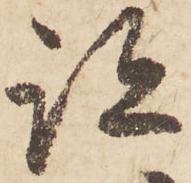
跡